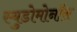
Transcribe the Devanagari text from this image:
स्युडोमोनॉस